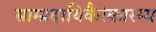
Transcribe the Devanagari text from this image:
साम्प्रदायिकैरेकारस्य